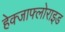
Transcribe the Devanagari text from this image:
हेक्जाफ्लोराइड